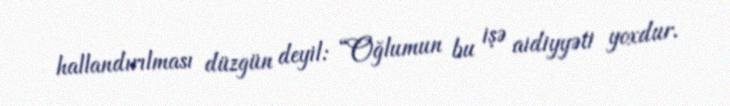
hallandırılması düzgün deyil: “Oğlumun bu işə aidiyyəti yoxdur.